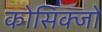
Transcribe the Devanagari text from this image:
कोसिक्जो